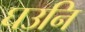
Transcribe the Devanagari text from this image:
घउनि